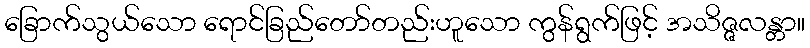
ခြောက်သွယ်သော ရောင်ခြည်တော်တည်းဟူသော ကွန်ရွက်ဖြင့် အသိဇ္ဇလန္တာ။